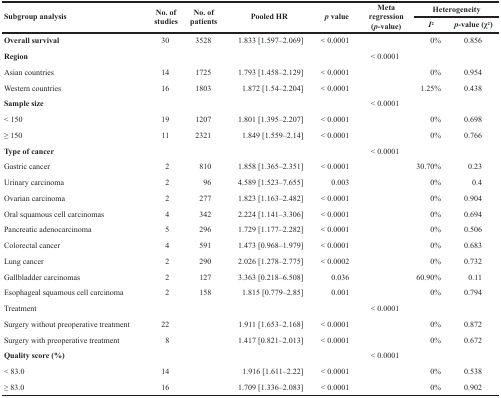
<table><thead><tr><td rowspan="2"><b>Subgroup analysis</b></td><td rowspan="2"><b>No. of studies</b></td><td rowspan="2"><b>No. of patients</b></td><td rowspan="2"><b>Pooled HR</b></td><td rowspan="2"><b><i>p</i> value</b></td><td rowspan="2"><b>Meta regression (<i>p</i>-value)</b></td><td colspan="2"><b>Heterogeneity</b></td></tr><tr><td><b><i>I</i><sup>2</sup></b></td><td><b><i>p</i>-value (χ<sup>2</sup>)</b></td></tr></thead><tbody><tr><td><b>Overall survival</b></td><td>30</td><td>3528</td><td>1.833 [1.597–2.069]</td><td>&lt; 0.0001</td><td></td><td>0%</td><td>0.856</td></tr><tr><td><b>Region</b></td><td></td><td></td><td></td><td></td><td>&lt; 0.0001</td><td></td><td></td></tr><tr><td>Asian countries</td><td>14</td><td>1725</td><td>1.793 [1.458–2.129]</td><td>&lt; 0.0001</td><td></td><td>0%</td><td>0.954</td></tr><tr><td>Western countries</td><td>16</td><td>1803</td><td>1.872 [1.54–2.204]</td><td>&lt; 0.0001</td><td></td><td>1.25%</td><td>0.438</td></tr><tr><td><b>Sample size</b></td><td></td><td></td><td></td><td></td><td>&lt; 0.0001</td><td></td><td></td></tr><tr><td>&lt; 150</td><td>19</td><td>1207</td><td>1.801 [1.395–2.207]</td><td>&lt; 0.0001</td><td></td><td>0%</td><td>0.698</td></tr><tr><td>≥ 150</td><td>11</td><td>2321</td><td>1.849 [1.559–2.14]</td><td>&lt; 0.0001</td><td></td><td>0%</td><td>0.766</td></tr><tr><td><b>Type of cancer</b></td><td></td><td></td><td></td><td></td><td>&lt; 0.0001</td><td></td><td></td></tr><tr><td>Gastric cancer</td><td>2</td><td>810</td><td>1.858 [1.365–2.351]</td><td>&lt; 0.0001</td><td></td><td>30.70%</td><td>0.23</td></tr><tr><td>Urinary carcinoma</td><td>2</td><td>96</td><td>4.589 [1.523–7.655]</td><td>0.003</td><td></td><td>0%</td><td>0.4</td></tr><tr><td>Ovarian carcinoma</td><td>2</td><td>277</td><td>1.823 [1.163–2.482]</td><td>&lt; 0.0001</td><td></td><td>0%</td><td>0.904</td></tr><tr><td>Oral squamous cell carcinomas</td><td>4</td><td>342</td><td>2.224 [1.141–3.306]</td><td>&lt; 0.0001</td><td></td><td>0%</td><td>0.694</td></tr><tr><td>Pancreatic adenocarcinoma</td><td>5</td><td>296</td><td>1.729 [1.177–2.282]</td><td>&lt; 0.0001</td><td></td><td>0%</td><td>0.506</td></tr><tr><td>Colorectal cancer</td><td>4</td><td>591</td><td>1.473 [0.968–1.979]</td><td>&lt; 0.0001</td><td></td><td>0%</td><td>0.683</td></tr><tr><td>Lung cancer</td><td>2</td><td>290</td><td>2.026 [1.278–2.775]</td><td>&lt; 0.0002</td><td></td><td>0%</td><td>0.732</td></tr><tr><td>Gallbladder carcinomas</td><td>2</td><td>127</td><td>3.363 [0.218–6.508]</td><td>0.036</td><td></td><td>60.90%</td><td>0.11</td></tr><tr><td>Esophageal squamous cell carcinoma</td><td>2</td><td>158</td><td>1.815 [0.779–2.85]</td><td>0.001</td><td></td><td>0%</td><td>0.794</td></tr><tr><td>Treatment</td><td></td><td></td><td></td><td></td><td>&lt; 0.0001</td><td></td><td></td></tr><tr><td>Surgery without preoperative treatment</td><td>22</td><td></td><td>1.911 [1.653–2.168]</td><td>&lt; 0.0001</td><td></td><td>0%</td><td>0.872</td></tr><tr><td>Surgery with preoperative treatment</td><td>8</td><td></td><td>1.417 [0.821–2.013]</td><td>&lt; 0.0001</td><td></td><td>0%</td><td>0.672</td></tr><tr><td><b>Quality score (%)</b></td><td></td><td></td><td></td><td></td><td>&lt; 0.0001</td><td></td><td></td></tr><tr><td>&lt; 83.0</td><td>14</td><td></td><td>1.916 [1.611–2.22]</td><td>&lt; 0.0001</td><td></td><td>0%</td><td>0.538</td></tr><tr><td>≥ 83.0</td><td>16</td><td></td><td>1.709 [1.336–2.083]</td><td>&lt; 0.0001</td><td></td><td>0%</td><td>0.902</td></tr></tbody></table>